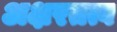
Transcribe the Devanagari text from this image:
अक्षरतत्व